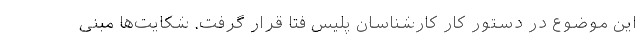
این موضوع در دستور کار کارشناسان پلیس فتا قرار گرفت. شکایت‌ها مبنی